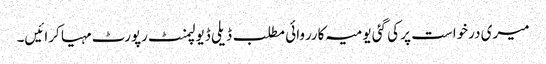
میری درخواست پر کی گئی یومیہ کارروائی مطلب ڈیلی ڈیولپمنٹ رپورٹ مہیا کرائیں۔